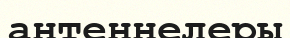
антеннелеры